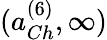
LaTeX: (a_{Ch}^{(6)},\infty)